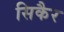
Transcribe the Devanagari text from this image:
सिकैर